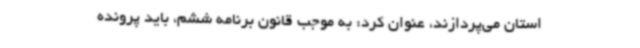
استان می‌پردازند، عنوان کرد: به موجب قانون برنامه ششم، باید پرونده